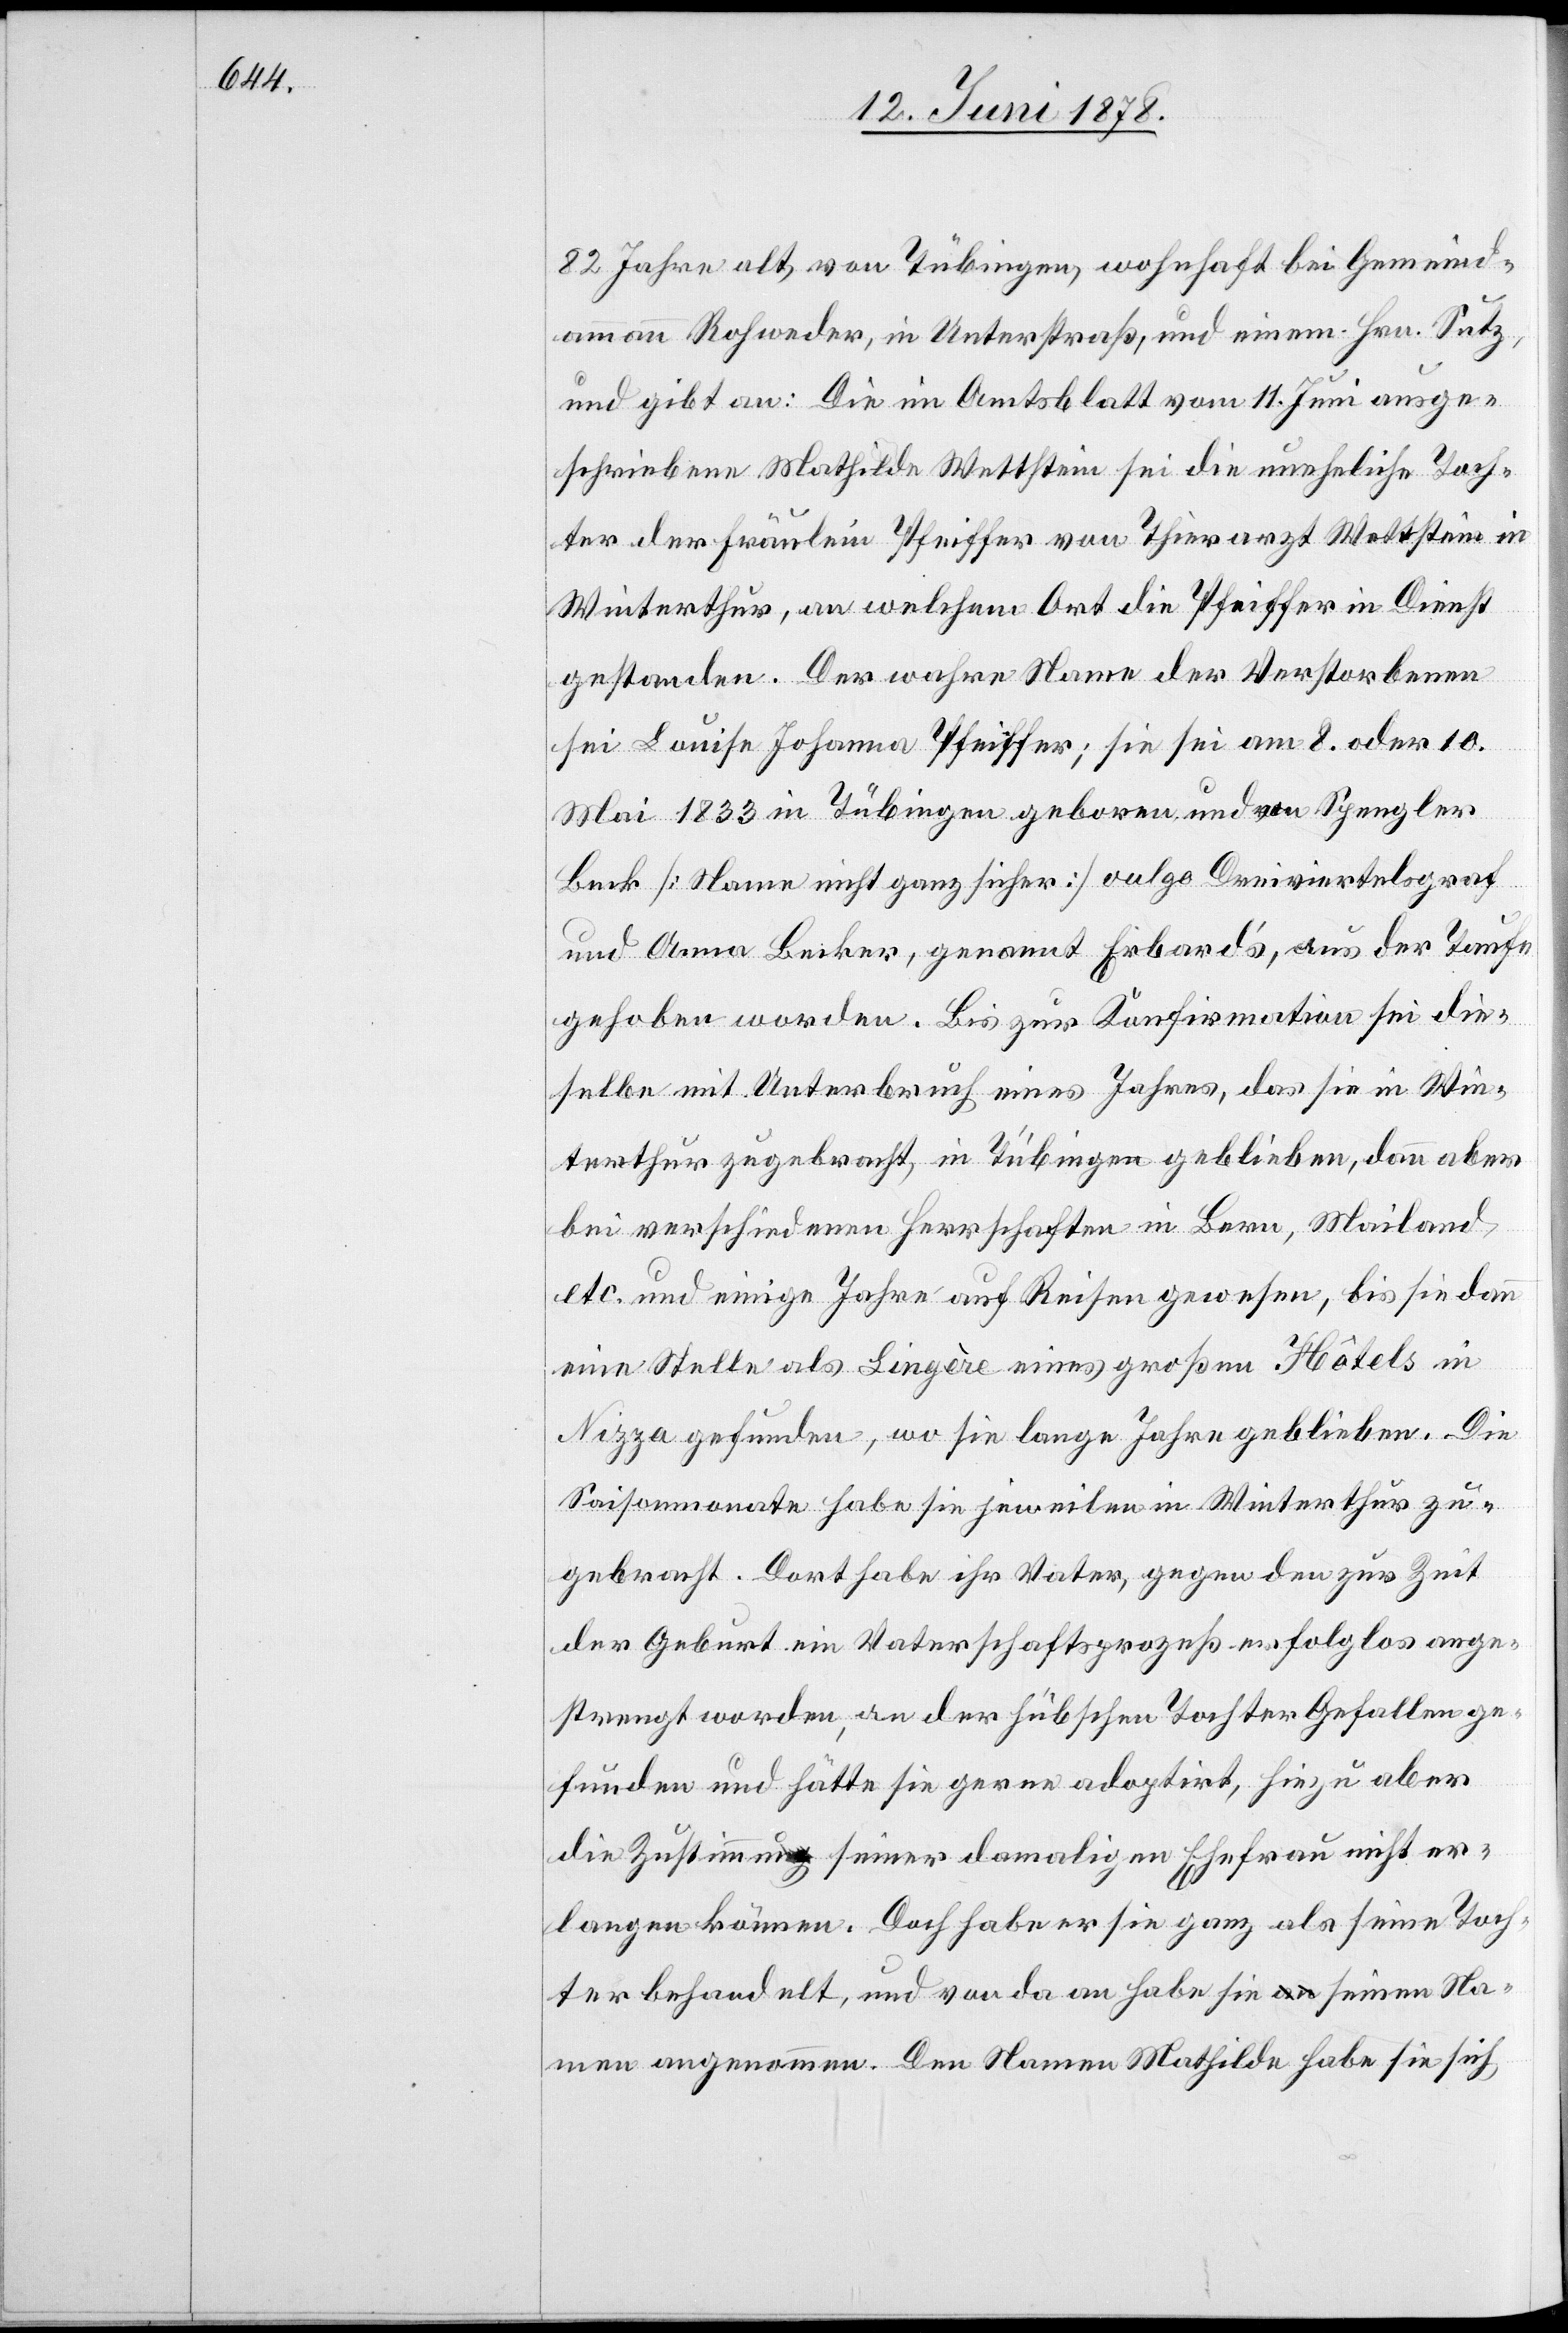
82 Jahre alt, von Tübingen, wohnhaft bei Gemeind¬
ammann Rohweder, in Unterstraß, und einem Hrn. Sutz,
und gibt an: Die im Amtsblatt vom 11. Juni ausge¬
schriebene Mathilde Wettstein sei die uneheliche Toch¬
ter der Fräulein Pfeiffer von Thierarzt Wettstein in
Winterthur, an welchem Ort die Pfeiffer in Dienst
gestanden. Der wahre Name der Verstorbenen
sei Louise Johanna Pfeiffer; sie sei am 8. oder 10.
Mai 1833 in Tübingen geboren und von Spengler
Beck [Name nicht ganz sicher] vulgo Dreiviertelsgraf
und Anna Becker, genannt Erbard’s, aus der Taufe
gehoben worden. Bis zur Konfirmation sei die¬
selbe mit Unterbruch eines Jahres, das sie in Win¬
terthur zugebracht, in Tübingen geblieben, dann aber
bei verschiedenen Herrschaften in Bern, Mailand,
etc. und einige Jahre auf Reisen gewesen, bis sie dann
eine Stelle als Lingère eines großen Hôtels in
Nizza gefunden, wo sie lange Jahre geblieben. Die
Saisonmonate habe sie jeweilen in Winterthur zu¬
gebracht. Dort habe ihr Vater, gegen den zur Zeit
der Geburt ein Vaterschaftsprozeß erfolglos ange¬
strengt worden, an der hübschen Tochter Gefallen ge¬
funden und hätte sie gerne adoptirt, hiezu aber
die Zustimmung seiner damaligen Ehefrau nicht er¬
langen können. Doch habe er sie ganz als seine Toch¬
ter behandelt, und von da an habe sie seinen Na¬
men angenommen. Den Namen Mathilde habe sie sich